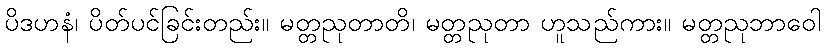
ပိဒဟနံ၊ ပိတ်ပင်ခြင်းတည်း။ မတ္တညုတာတိ၊ မတ္တညုတာ ဟူသည်ကား။ မတ္တညုဘာဝေါ